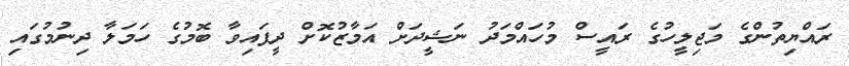
ރައްޔިތުންގެ މަޖިލީހުގެ ރައީސް މުހައްމަދު ނަޝީދަށް އަމާޒުކޮށް ދީފައިވާ ބޮމުގެ ހަމަލާ ދިނުމުގައި